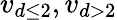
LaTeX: v_{d\le 2},v_{d>2}